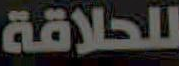
للحلاقة